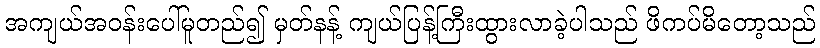
အကျယ်အဝန်းပေါ်မူတည်၍ မှတ်နန့် ကျယ်ပြန့်ကြီးထွားလာခဲ့ပါသည် ဖိကပ်မိတော့သည်